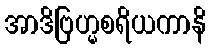
အာဒိဗြဟ္မစရိယကာနိ